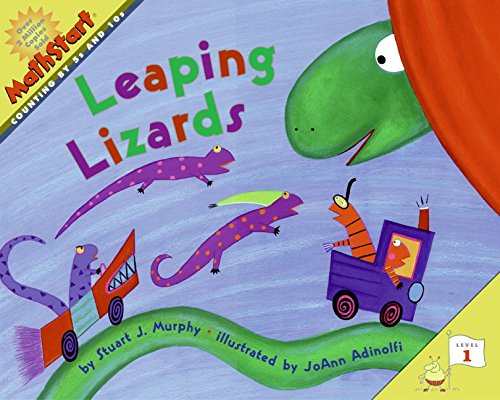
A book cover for Leaping Lizards (MathStart 1); Stuart J. Murphy; Children's Books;